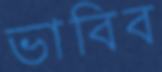
ভাবিব